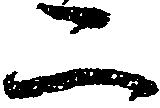
二